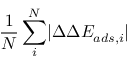
\frac { 1 } { N } \sum _ { i } ^ { N } \lvert \Delta \Delta E _ { a d s , i } \rvert